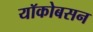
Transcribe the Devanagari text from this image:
यॉकोबसन